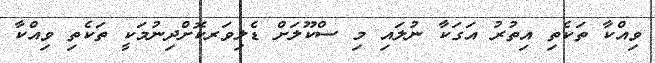
ވިއްކާ ތަކެތި އިތުރު އަގަކާ ނުލައި މި ސްކޫލަށް ޑެލިވަރކޮށްދިނުމަކީ ތަކެތި ވިއްކާ